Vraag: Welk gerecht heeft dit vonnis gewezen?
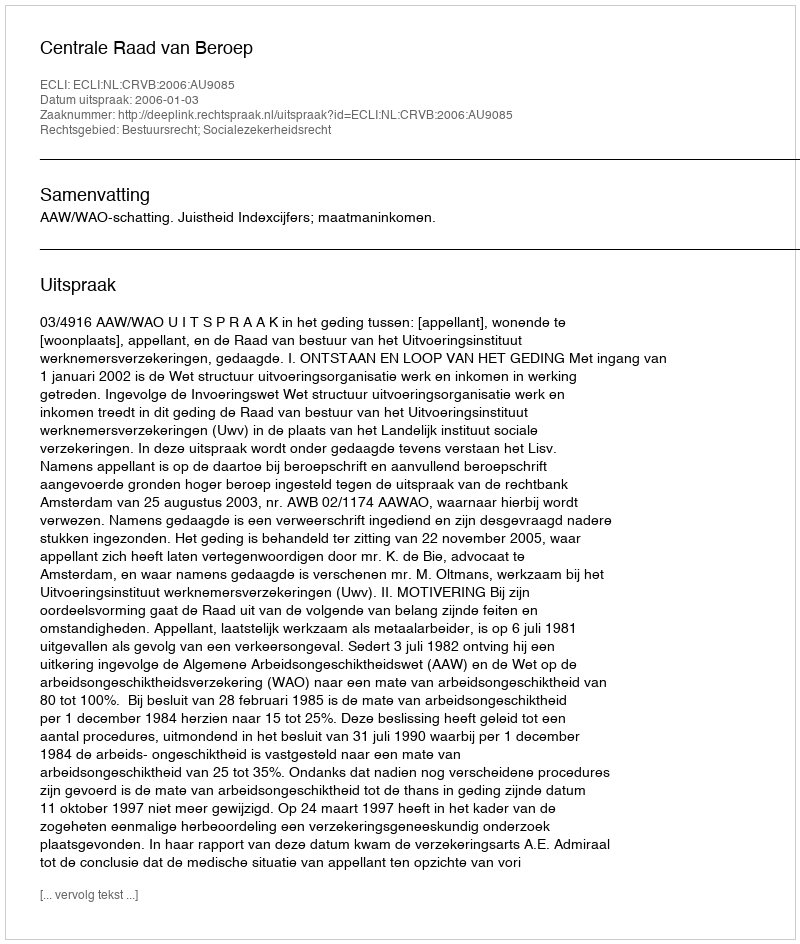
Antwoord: Centrale Raad van Beroep